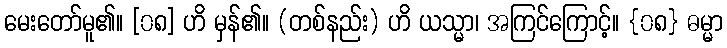
မေးတော်မူ၏။ [၀၈] ဟိ မှန်၏။ (တစ်နည်း) ဟိ ယသ္မာ၊ အကြင်ကြောင့်။ {၀၈} ဓမ္မာ